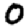
Digit: 0